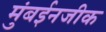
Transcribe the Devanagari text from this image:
मुंबईनजीक